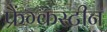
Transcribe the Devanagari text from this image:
फ्रैंग्कस्टीन